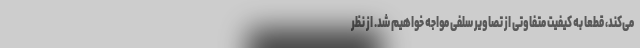
می‌کند، قطعا به کیفیت متفاوتی از تصاویر سلفی مواجه خواهیم شد. از نظر